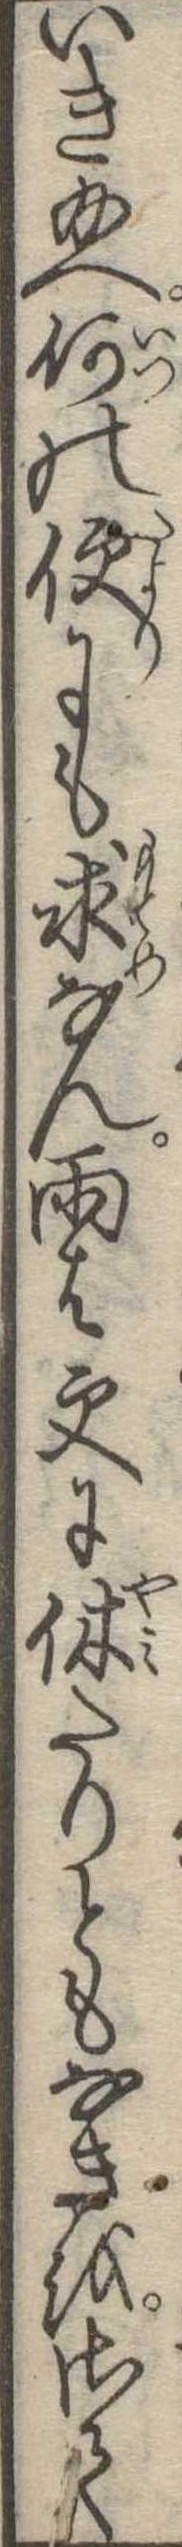
いき給へ何の便にも求なん雨は更に休たりともなきをさて